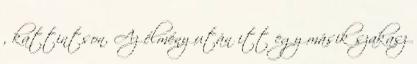
, kattintson. Az élmény után itt egy másik szakasz